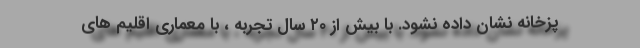
پزخانه نشان داده نشود. با بیش از ۲۰ سال تجربه ، با معماری اقلیم های